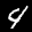
Label: 4